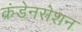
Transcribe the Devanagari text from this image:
कंडेनसेशन